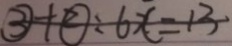
\textcircled { 3 } + \textcircled { 2 } : 6 x = 1 3